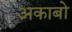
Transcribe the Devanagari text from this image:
अकाबो